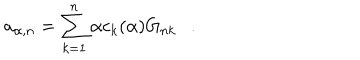
LaTeX: a _ { \alpha , n } = \sum _ { k = 1 } ^ { n } \alpha c _ { k } ( { \alpha } ) G _ { n k } .